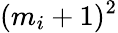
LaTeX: (m_{i}+1)^{2}